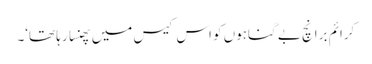
کرائم برانچ بے گناہوں کو اس کیس میں پھنسا رہا تھا‘۔